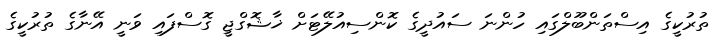
ތުރުކީގެ އިސްތަންބޫލްގައި ހުންނަ ސައުދީގެ ކޮންސިއުލޭޓަށް ޚާޝޮގްޖީ ގޮސްފައި ވަނީ އޭނާގެ ތުރުކީގެ